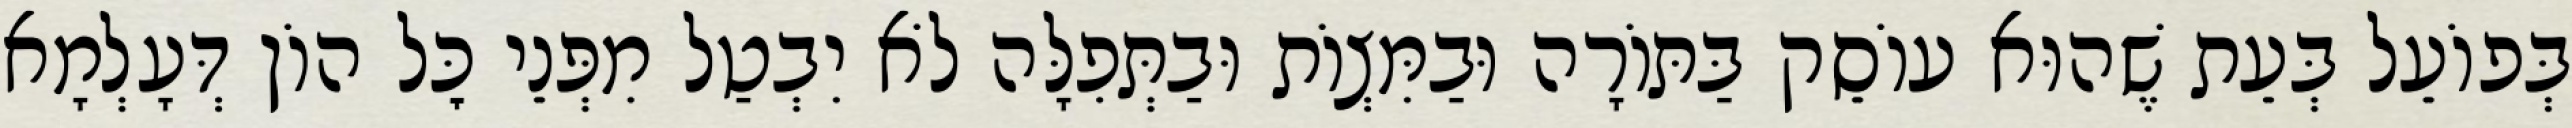
בְּפוֹעֵל בְּעֵת שֶׁהוּא עוֹסֵק בַּתּוֹרָה וּבַמִּצְוֹת וּבַתְּפִלָּה לֹא יִבְטַל מִפְּנֵי כׇּל הוֹן דְּעָלְמָא